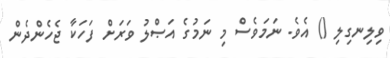
ވިލިނގިލި () އެވެ. ނަމަވެސް މި ނަމުގެ އަޞްލު ވަރަށް ފަހަކާ ޖެހެންދެން